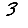
Digit: 3